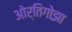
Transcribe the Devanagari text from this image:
ओर्तिगोझा